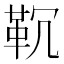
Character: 𱁲